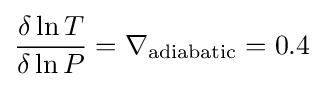
{\frac {\delta \ln T}{\delta \ln P}}=\nabla _{\text{adiabatic}}=0.4